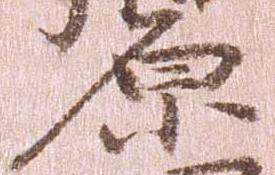
原